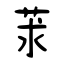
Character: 莍